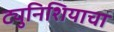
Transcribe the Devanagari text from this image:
ट्युनिशियाचा